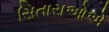
સિતારાઓએ